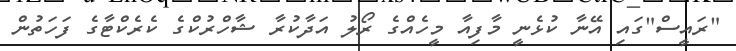
"ރައީސް"ގައި އޭނާ ކުޅެނީ މާފިއާ މީހެއްގެ ރޯލު އަދާކުރާ ޝާހްރުކްގެ ކެރެކްޓާގެ ފަހަތުން